Indian journal of veterinary science and animal husbandry - Volume 9,
Year: 1939
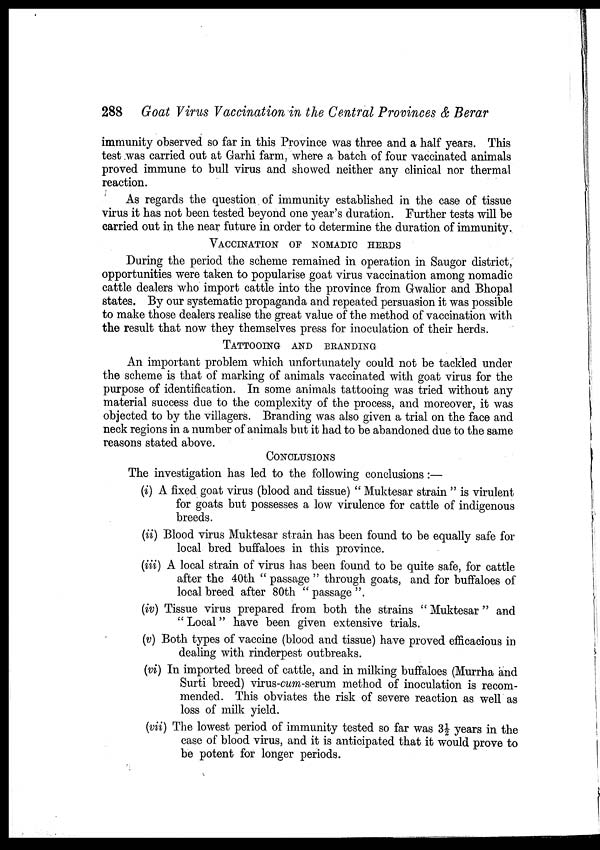
288 Goat Virus Vaccination in the Central Provinces & Berar
immunity observed so far in this Province was three and a half years. This
test was carried out at Garhi farm, where a batch of four vaccinated animals
proved immune to bull virus and showed neither any clinical nor thermal
reaction.
As regards the question of immunity established in the case of tissue
virus it has not been tested beyond one year's duration. Further tests will be
carried out in the near future in order to determine the duration of immunity.
VACCINATION OF NOMADIC HERDS
During the period the scheme remained in operation in Saugor district,
opportunities were taken to popularise goat virus vaccination among nomadic
cattle dealers who import cattle into the province from Gwalior and Bhopal
states. By our systematic propaganda and repeated persuasion it was possible
to make those dealers realise the great value of the method of vaccination with
the result that now they themselves press for inoculation of their herds.
TATTOOING AND BRANDING
An important problem which unfortunately could not be tackled under
the scheme is that of marking of animals vaccinated with goat virus for the
purpose of identification. In some animals tattooing was tried without any
material success due to the complexity of the process, and moreover, it was
objected to by the villagers. Branding was also given a trial on the face and
neck regions in a number of animals but it had to be abandoned due to the same
reasons stated above.
CONCLUSIONS
The investigation has led to the following conclusions :—
(i) A fixed goat virus (blood and tissue) " Muktesar strain " is virulent
for goats but possesses a low virulence for cattle of indigenous
breeds.
(ii) Blood virus Muktesar strain has been found to be equally safe for
local bred buffaloes in this province.
(iii) A local strain of virus has been found to be quite safe, for cattle
after the 40th " passage " through goats, and for buffaloes of
local breed after 80th " passage ".
(iv) Tissue virus prepared from both the strains " Muktesar " and
"Local" have been given extensive trials.
(v) Both types of vaccine (blood and tissue) have proved efficacious in
dealing with rinderpest outbreaks.
(vi) In imported breed of cattle, and in milking buffaloes (Murrha and
Surti breed) virus-cum-serum method of inoculation is recom-
mended. This obviates the risk of severe reaction as well as
loss of milk yield.
(vii) The lowest period of immunity tested so far was 3½ years in the
case of blood virus, and it is anticipated that it would prove to
be potent for longer periods.